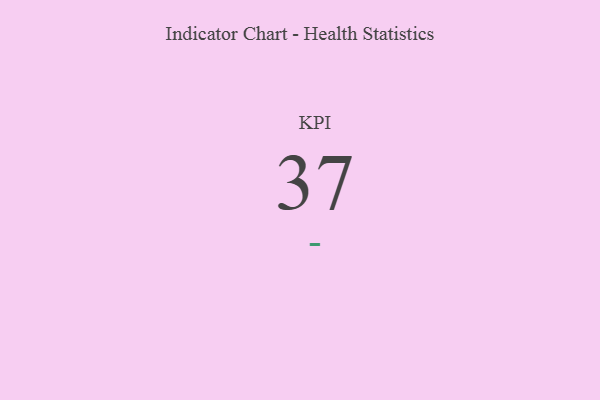
{"axis": {"x": "KPI", "y": "Value"}, "legend": [""], "data": [{"x": "KPI", "y": 37, "type": ""}]}